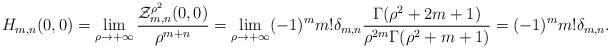
LaTeX: \begin{align*}H_{m,n} (0,0) = \lim\limits_{\rho \to +\infty} \frac {\mathcal{Z}_{m,n}^{\rho^2}(0,0)}{\rho^{m+n}} = \lim\limits_{\rho \to +\infty} (-1)^m m! \delta_{m,n} \dfrac{\Gamma(\rho^2+2m+1)}{\rho^{2m} \Gamma(\rho^2+m+1)} = (-1)^m m! \delta_{m,n}.\end{align*}